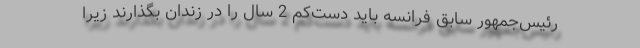
رئیس‌جمهور سابق فرانسه باید دست‌کم 2 سال را در زندان بگذارند زیرا